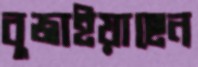
বুজাইয়াছেন